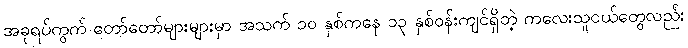
အခုရပ်ကွက် တော်တော်များများမှာ အသက် ၁၀ နှစ်ကနေ ၁၃ နှစ်ဝန်းကျင်ရှိတဲ့ ကလေးသူငယ်တွေလည်း